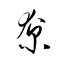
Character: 尞